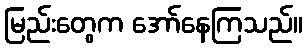
မြည်းတွေက အော်နေကြသည်။